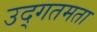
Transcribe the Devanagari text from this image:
उद्गतमता